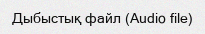
Дыбыстық файл (Audio file)